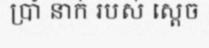
ប្រាំ នាក់ របស់ ស្តេច